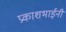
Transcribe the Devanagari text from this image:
प्रकाशभाईनी